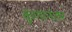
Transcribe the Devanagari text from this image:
कुणानंतर